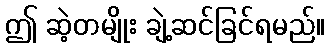
ဤ ဆဲ့တမျိုး ချဲ့ဆင်ခြင်ရမည်။